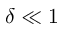
\delta \ll 1